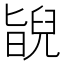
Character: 𦦃